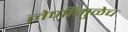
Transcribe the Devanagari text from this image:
लेणींमुळेच